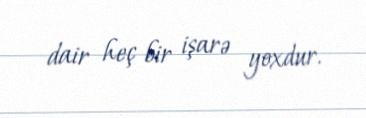
dair heç bir işarə yoxdur.